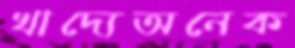
খাদ্যেঅনেক